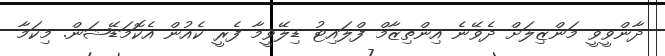
ދާންވީވީ މަންޒިލަށް ދެވޭނެ އިންތިޒާމް ފްލައިޓު ޑިލޭވީމާ ފެރީ ކެއުން އެކޮމަޑޭޝަން. މިކަމާ